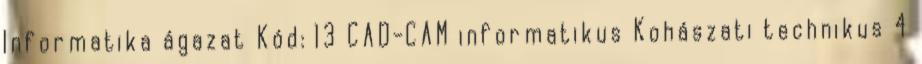
Informatika ágazat Kód: 13 CAD-CAM informatikus Kohászati technikus 4